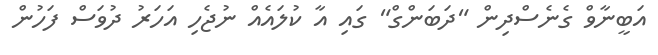
އަބީނާވް ގެނެސްދިން "ދަބަންގް" ގައި އާ ކުލައެއް ނުޖެހި އަހަރު ދުވަސް ފަހުން